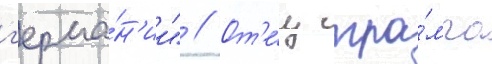
г'ерма́н'ии" // От'е́ц тра́мпа